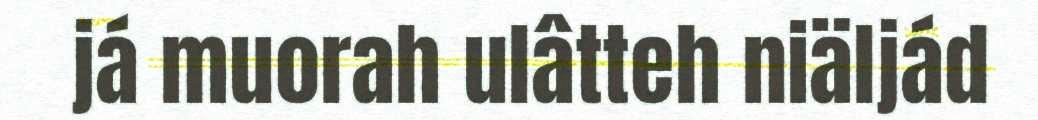
já muorah ulâtteh niäljád